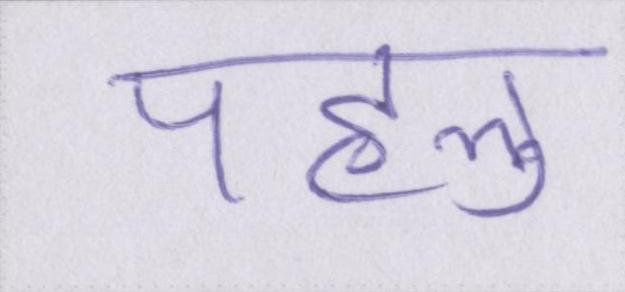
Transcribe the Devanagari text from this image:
पहलु